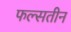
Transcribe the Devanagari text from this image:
फल्सतीन